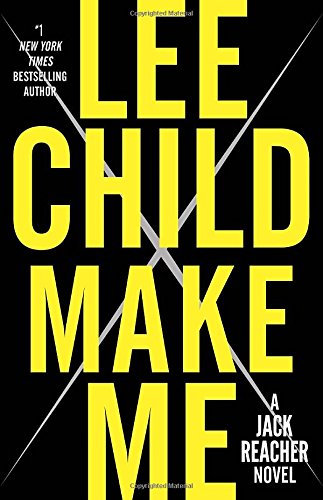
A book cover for Make Me: A Jack Reacher Novel; Lee Child; Mystery, Thriller & Suspense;